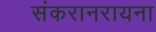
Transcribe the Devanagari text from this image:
संकरानरायना